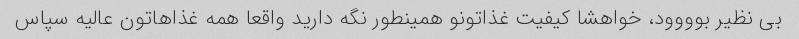
بی نظیر بوووود، خواهشا کیفیت غذاتونو همینطور نگه دارید واقعا همه غذاهاتون عالیه سپاس